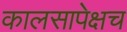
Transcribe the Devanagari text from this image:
कालसापेक्षच